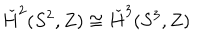
LaTeX: \check { H } ^ { 2 } ( S ^ { 2 } , Z ) \cong \check { H } ^ { 3 } ( S ^ { 3 } , Z )